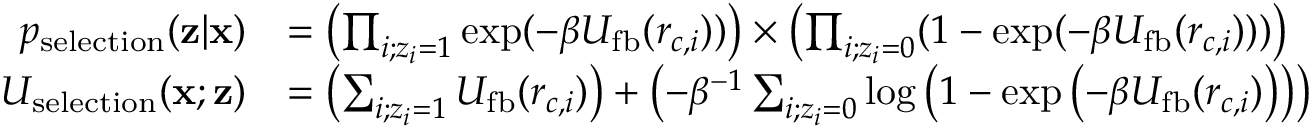
\begin{array} { r l } { p _ { \mathrm { s e l e c t i o n } } ( \mathbf { z } | \mathbf { x } ) } & { = \left( \prod _ { i ; z _ { i } = 1 } \exp ( - \beta U _ { \mathrm { f b } } ( r _ { c , i } ) ) \right) \times \left( \prod _ { i ; z _ { i } = 0 } ( 1 - \exp ( - \beta U _ { \mathrm { f b } } ( r _ { c , i } ) ) ) \right) } \\ { U _ { \mathrm { s e l e c t i o n } } ( \mathbf { x } ; \mathbf { z } ) } & { = \left( \sum _ { i ; z _ { i } = 1 } U _ { \mathrm { f b } } ( r _ { c , i } ) \right) + \left( - \beta ^ { - 1 } \sum _ { i ; z _ { i } = 0 } \log \left( 1 - \exp \left( - \beta U _ { \mathrm { f b } } ( r _ { c , i } ) \right) \right) \right) } \end{array}